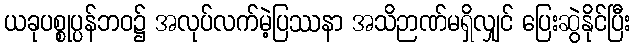
ယခုပစ္စုပ္ပန်ဘဝ၌ အလုပ်လက်မဲ့ပြဿနာ အသိဉာဏ်မရှိလျှင် ပြေးဆွဲနိုင်ပြီး